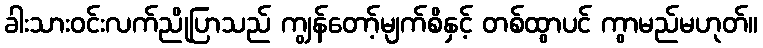
ခါးသားဝင်းလက်ညိုပြာသည် ကျွန်တော့်မျက်စိနှင့် တစ်ထွာပင် ကွာမည်မဟုတ်။